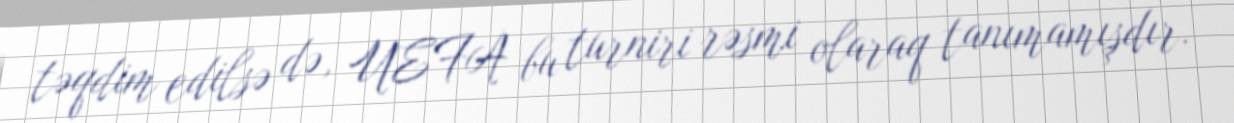
təqdim edilsə də, UEFA bu turniri rəsmi olaraq tanımamışdır.